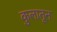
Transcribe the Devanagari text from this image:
कुलातून